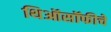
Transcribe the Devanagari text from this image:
थिऑसॉफीचे